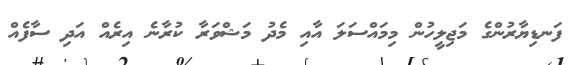
ފަނޑިޔާރުންގެ މަޖިލީހުން މިމައްސަލަ އާއި މެދު މަޝްވަރާ ކުރާނެ އިރެއް އަދި ސާފެއް